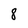
Character: 8